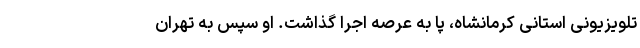
تلویزیونی استانی کرمانشاه، پا به عرصه اجرا گذاشت. او سپس به تهران